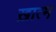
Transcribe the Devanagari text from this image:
ख़ात्म